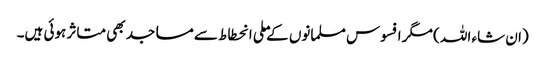
(ان شاء اللہ ) مگر افسوس مسلمانوں کےملی انحطاط سے مساجد بھی متاثر ہوئی ہیں۔